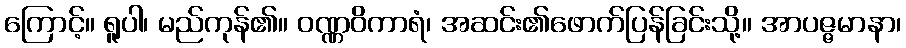
ကြောင့်။ ရူပါ၊ မည်ကုန်၏။ ဝဏ္ဏဝိကာရံ၊ အဆင်း၏ဖောက်ပြန်ခြင်းသို့။ အာပဇ္ဇမာနာ၊